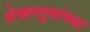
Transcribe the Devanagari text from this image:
लेखनगुणांच्या